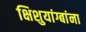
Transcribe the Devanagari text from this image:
क्षिशुयांग्बांना